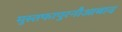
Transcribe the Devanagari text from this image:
मुस्तफापुरनौआबाद